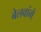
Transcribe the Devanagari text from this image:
बेलवांगे